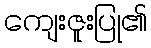
ကျေးဇူးပြု၏